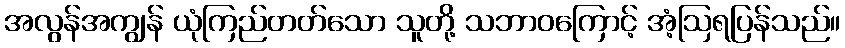
အလွန်အကျွန် ယုံကြည်တတ်သော သူတို့ သဘာဝကြောင့် အံ့ဩရပြန်သည်။